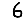
Digit: 6